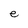
Character: e